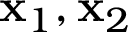
\mathbf { x } _ { 1 } , \mathbf { x } _ { 2 }